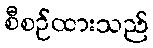
စီစဉ်ထားသည်